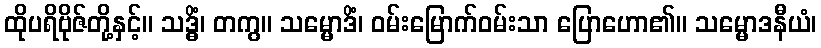
ထိုပရိဗိုဇ်တို့နှင့်။ သဒ္ဓိံ၊ တကွ။ သမ္မောဒိံ၊ ဝမ်းမြောက်ဝမ်းသာ ပြောဟော၏။ သမ္မောဒနီယံ၊